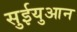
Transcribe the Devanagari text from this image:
सुईयुआन